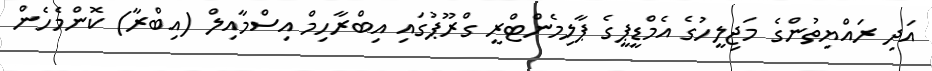
އަދި ރައްޔިތުންގެ މަޖިލީހުގެ އެމްޑީޕީގެ ޕާލިމެންޓްރީ ގްރޫޕުގައި އިބްރާހިމް އިސްމާއިލް (އިބްރާ) ކޮންމެހެން